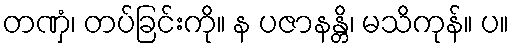
တဏှံ၊ တပ်ခြင်းကို။ န ပဇာနန္တိ၊ မသိကုန်။ ပ။